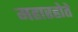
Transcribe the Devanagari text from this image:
महारहोते